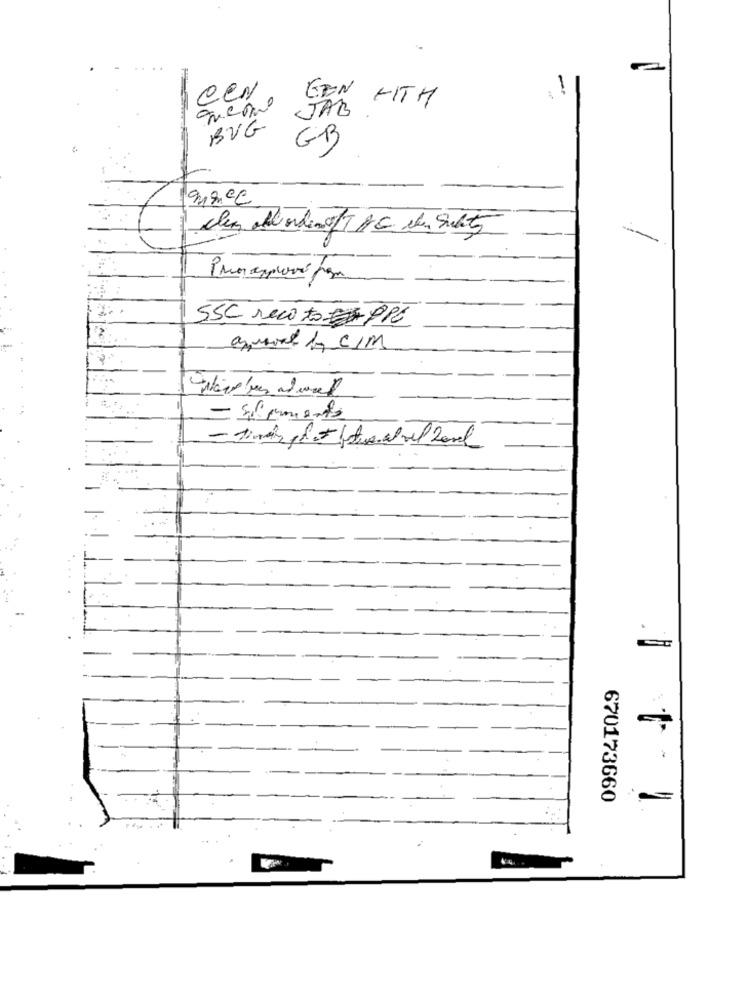
Cen
queque
JAB
GEN WITH
BUG
GB
912.ºC
den abbordem ofTHE de Suite
SSC reci to PPE
anmich by CIM
- Elements
-
670173660